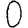
Digit: 0